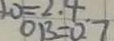
O B = 0 . 7